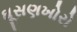
ઘૂસણખોરો